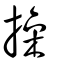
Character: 操